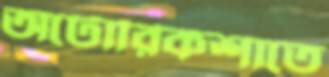
অটোরিকশাতে